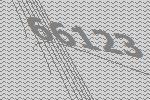
66123